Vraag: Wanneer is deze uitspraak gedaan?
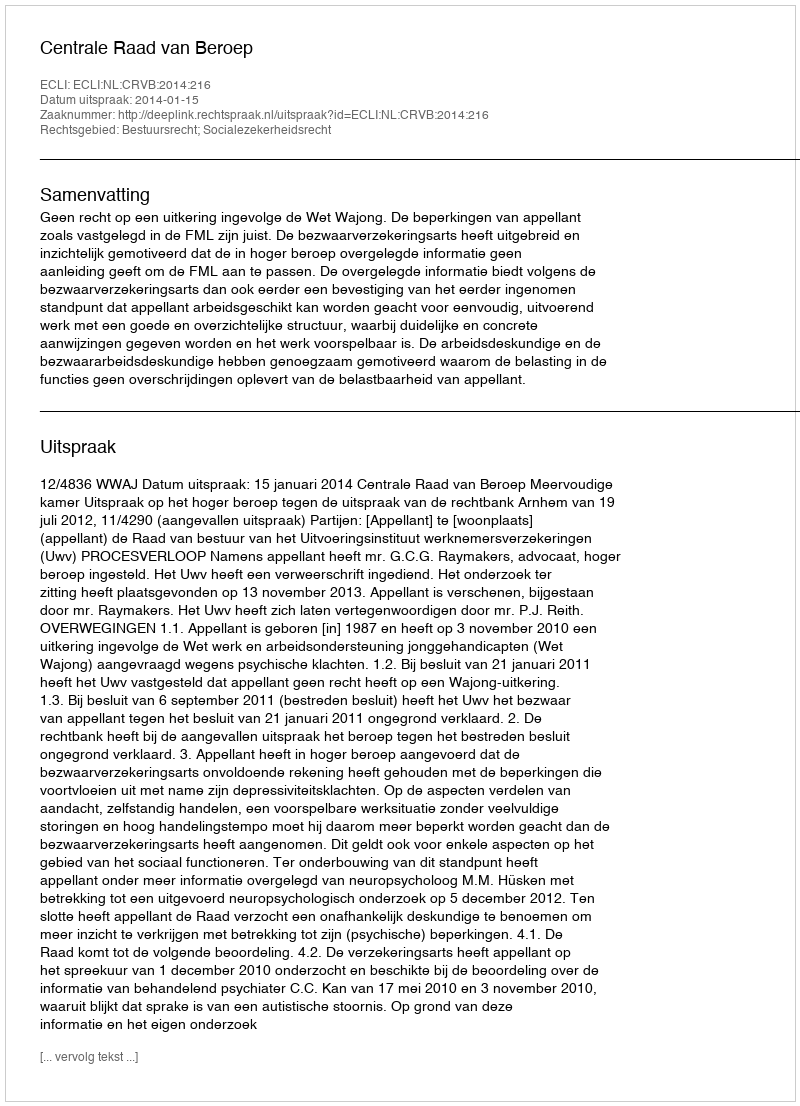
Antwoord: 2014-01-15